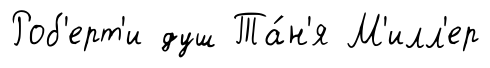
Роб'ерт'и душ Та́н'я М'илл'ер